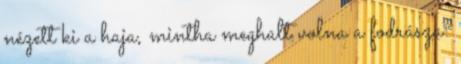
nézett ki a haja, mintha meghalt volna a fodrásza: